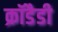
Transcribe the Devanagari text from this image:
क्रॉडैडी